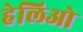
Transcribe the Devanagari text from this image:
हेलिओ